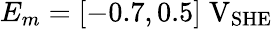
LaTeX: E_{m}=[-0.7,0.5]\; \mathrm{V}_{\mathrm{SHE}}